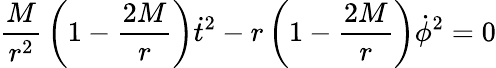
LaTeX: {\frac{M}{r^{2}}}\left(1-{\frac{2M}{r}}\right){\dot{t}}^{2}-r\left(1-{\frac{2M}{r}}\right){\dot{\phi}}^{2}=0